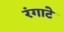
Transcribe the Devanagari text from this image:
रंगाटे